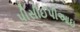
પીસીઈપીઆઇ